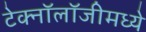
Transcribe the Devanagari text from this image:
टेक्‍नॉलॉजीमध्ये